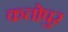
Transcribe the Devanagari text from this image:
कतोपुर